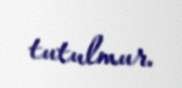
tutulmur.